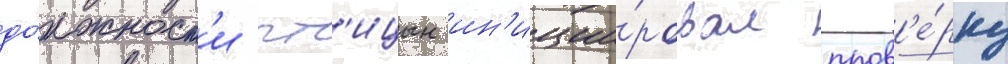
до́лжност'и пт'ицын ин'иции́ровал пров'е́рку